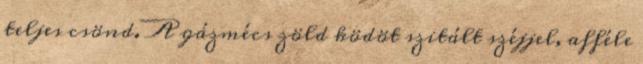
teljes csönd. A gázmécs zöld ködöt szitált széjjel, afféle